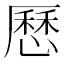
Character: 𠪱